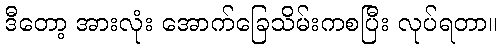
ဒီတော့ အားလုံး အောက်ခြေသိမ်းကစပြီး လုပ်ရတာ။